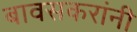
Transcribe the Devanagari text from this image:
बावसकरांनी